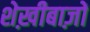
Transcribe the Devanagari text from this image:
शेख़ीबाज़ों